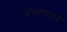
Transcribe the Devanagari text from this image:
अन्तरपणन